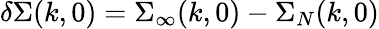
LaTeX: \delta\Sigma(k,0)=\Sigma_{\infty}(k,0)-\Sigma_{N}(k,0)